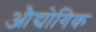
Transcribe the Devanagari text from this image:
औद्योगिक